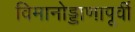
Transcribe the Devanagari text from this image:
विमानोड्डाणापूर्वी